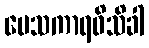
ပေသကာရဝိသိခါ